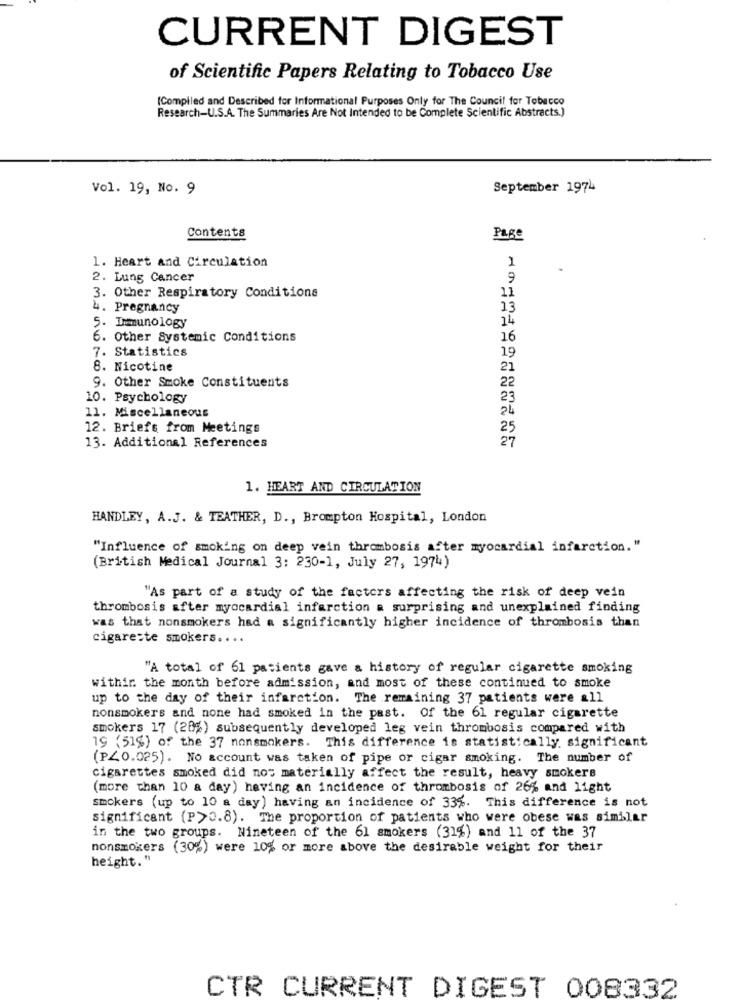
CURRENT DIGEST
of Scientific Papers Relating to Tobacco Use
(Compiled and Described for Informational Purposes Only for The Council for Tobacco
Research-U.S.A. The Summaries Are Not Intended to be Complete Scientific Abstracts.)
Vol. 19, No. 9
September 1974
Contents
Page
1. Heart and Circulation
1
2. Lung Cancer
9
3. Other Respiratory Conditions
11
4. Pregnancy
13
14
5. Immunology
6. Other Systemic Conditions
16
7. Statistics
19
8. Nicotine
21
22
9. Other Smoke Constituents
10. Psychology
23
24
11. Miscellaneous
12. Briefs from Meetings
25
27
13. Additional References
1. HEART AND CIRCULATION
HANDLEY, A.J. & TEATHER, D ., Brompton Hospital, London
"Influence of smoking on deep vein thrombosis after myocardial infarction."
(British Medical Journal 3: 230-1, July 27, 1974)
"As part of a study of the factors affecting the risk of deep vein
thrombosis after myocardial infarction a surprising and unexplained finding
was that nonsmokers had a significantly higher incidence of thrombosis than
cigareste smokers ....
"A total of 61 patients gave a history of regular cigarette smoking
within the month before admission, and most of these continued to smoke
up to the day of their infarction. The remaining 37 patients were all
nonsmokers and none had smoked in the past. Of the 61 regular cigarette
smokers 17 (28%) subsequently developed leg vein thrombosis compared with
19 (51%) of the 37 nonsmokers. This difference is statistically significant
(P<0.025). No account was taken of pipe or cigar smoking. The number of
cigarettes smoked did not materially affect the result, heavy smokers
(more than 10 a day) having an incidence of thrombosis of 26% and light
smokers (up to 10 a day) having an incidence of 33%. This difference is not
significant (P>0.8). The proportion of patients who were obese was similar
in the two groups. Nineteen of the 61 smokers (31%) and 11 of the 37
nonsmokers (30%) were 10% or more above the desirable weight for their
height."
CTR CURRENT DIGEST 008332